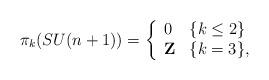
LaTeX: \begin{align*}\pi_k(SU(n+1))=\left\{ \begin{array}{ll} 0 & \{k\leq 2\}\\ {\bf Z} & \{k=3 \},\end{array} \right.\end{align*}